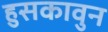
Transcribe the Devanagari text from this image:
हुसकावुन